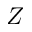
Z